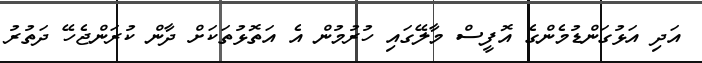
އަދި އަޅުގަންޑުމެންގެ އޮފީސް މާލޭގައި ހުރުމުން އެ އަތޮޅުތަކަށް ދާން ކުރަންޖެހޭ ދަތުރު